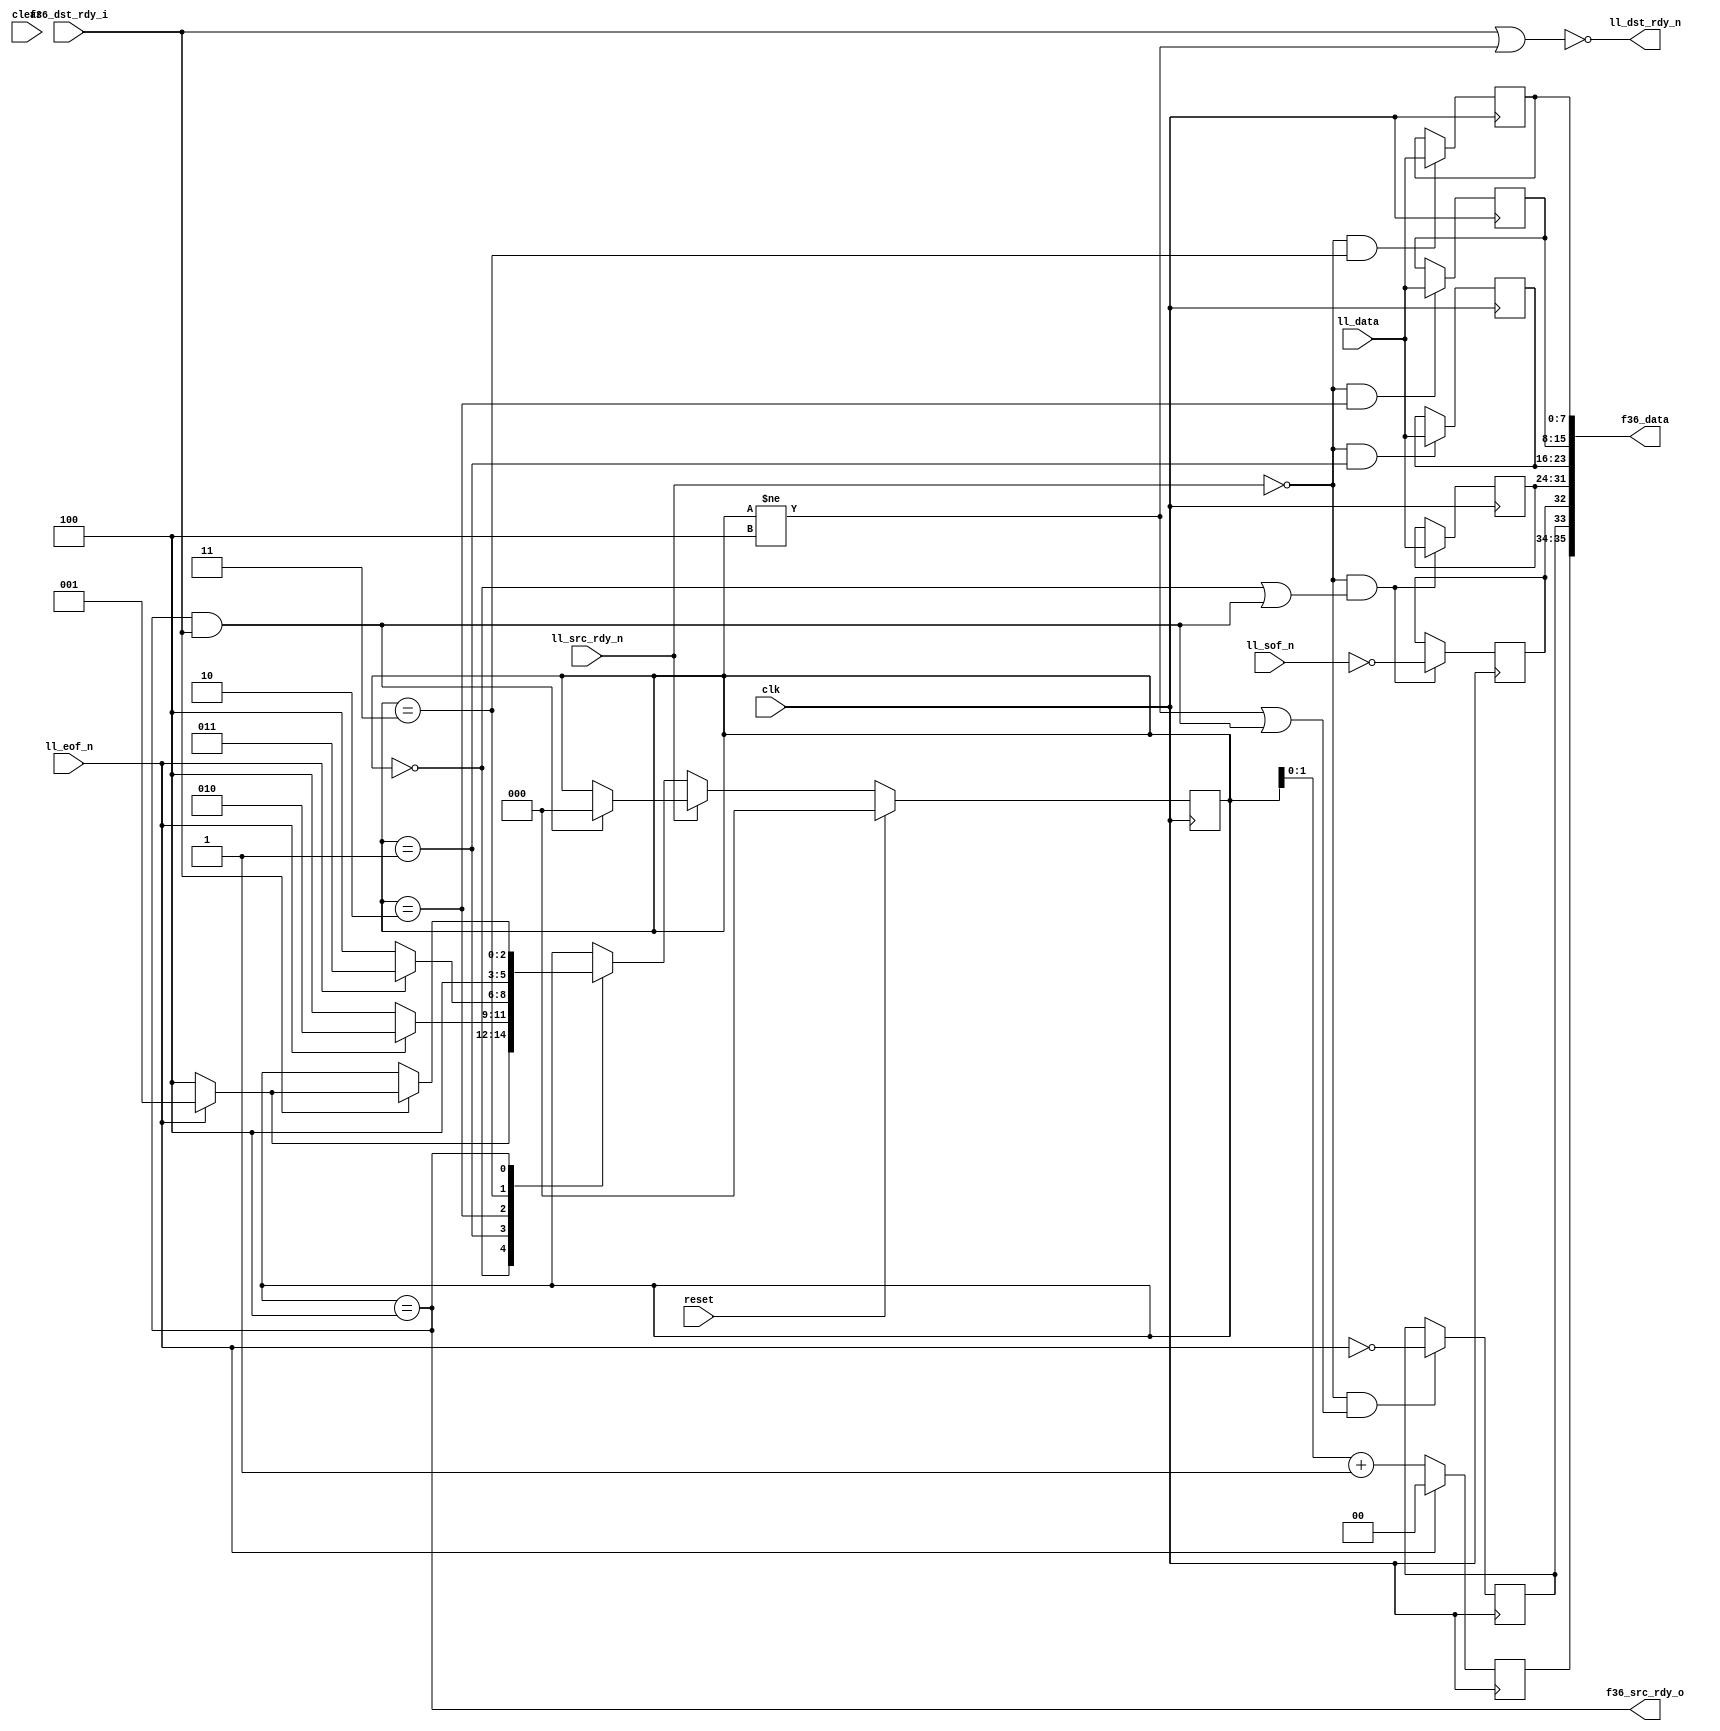
module ll8_to_fifo36
  (input clk, input reset, input clear,
   input [7:0] ll_data,
   input ll_sof_n,
   input ll_eof_n,
   input ll_src_rdy_n,
   output ll_dst_rdy_n,

   output [35:0] f36_data,
   output f36_src_rdy_o,
   input f36_dst_rdy_i );

   wire f36_write    = f36_src_rdy_o & f36_dst_rdy_i;
      
   // Why anybody would use active low in an FPGA is beyond me...
   wire  ll_sof      = ~ll_sof_n;
   wire  ll_eof      = ~ll_eof_n;
   wire  ll_src_rdy  = ~ll_src_rdy_n;
   wire  ll_dst_rdy;
   assign    ll_dst_rdy_n = ~ll_dst_rdy;

   reg 	 f36_sof, f36_eof;
   reg [1:0] f36_occ;
   
   
   reg [2:0] state;
   reg [7:0] dat0, dat1, dat2, dat3;

   always @(posedge clk)
     if(ll_src_rdy & ((state==0)|f36_write))
       f36_sof <= ll_sof;

   always @(posedge clk)
     if(ll_src_rdy & ((state !=4)|f36_write))
       f36_eof <= ll_eof;

   always @(posedge clk)
     if(ll_eof)
       f36_occ <= state[1:0] + 1;
     else
       f36_occ <= 0;
   
   always @(posedge clk)
     if(reset)
       state   <= 0;
     else
       if(ll_src_rdy)
	 case(state)
	   0 : 
	     if(ll_eof)
	       state <= 4;
	     else
	       state <= 1;
	   1 : 
	     if(ll_eof)
	       state <= 4;
	     else
	       state <= 2;
	   2 : 
	     if(ll_eof)
	       state <= 4;
	     else 
	       state <= 3;
	   3 : state <= 4;
	   4 : 
	     if(f36_dst_rdy_i)
	       if(ll_eof)
		 state 	   <= 4;
	       else
		 state 	   <= 1;
	 endcase // case(state)
       else
	 if(f36_write)
	   state 	   <= 0;

   always @(posedge clk)
     if(ll_src_rdy & (state==3))
       dat3 		   <= ll_data;

   always @(posedge clk)
     if(ll_src_rdy & (state==2))
       dat2 		   <= ll_data;

   always @(posedge clk)
     if(ll_src_rdy & (state==1))
       dat1 		   <= ll_data;

   always @(posedge clk)
     if(ll_src_rdy & ((state==0) | f36_write))
       dat0 		   <= ll_data;
   
   assign    ll_dst_rdy     = f36_dst_rdy_i | (state != 4);
   assign    f36_data 	    = {f36_occ,f36_eof,f36_sof,dat0,dat1,dat2,dat3};  // FIXME endianess
   assign    f36_src_rdy_o  = (state == 4);
      
endmodule